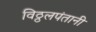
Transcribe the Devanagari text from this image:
विठ्ठलपंतानी